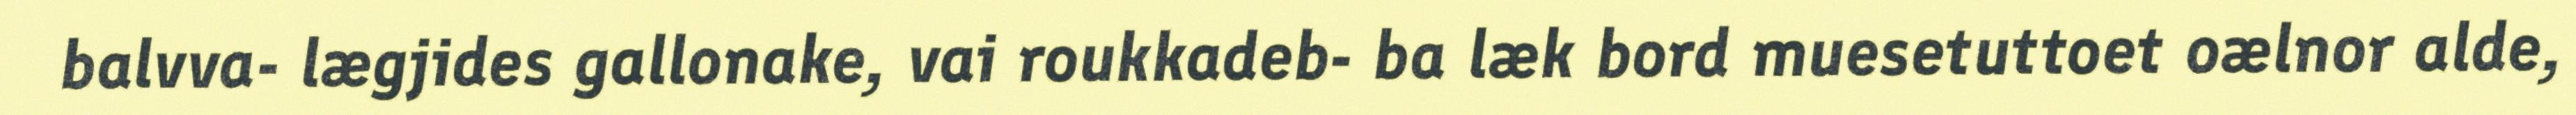
balvva- lægjides gallonake, vai roukkadeb- ba læk bord muesetuttoet oælnor alde,